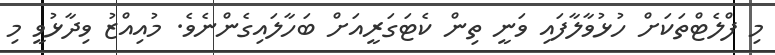
މި ފްލެޓްތަކަށް ހުޅުވާލާފައި ވަނީ ތިން ކެޓަގަރީއަށް ބަހާލައިގެންނެވެ. މުއިއްޒު ވިދާޅުވީ މި